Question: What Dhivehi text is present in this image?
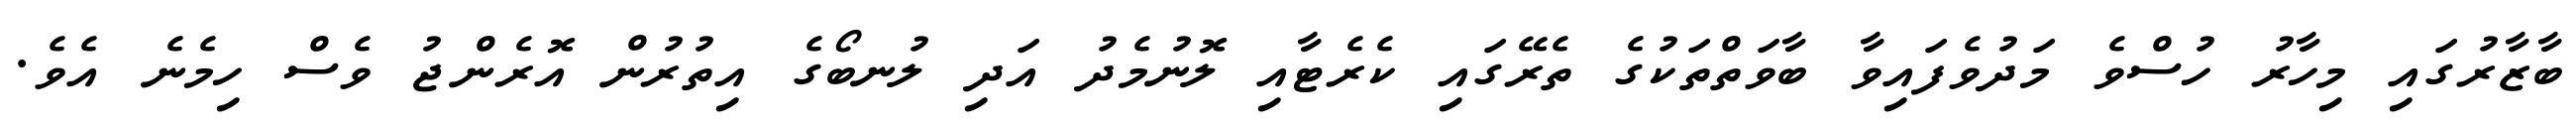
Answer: ބާޒާރުގައި މިހާރު ހުސްވެ މަދުވެފައިވާ ބާވަތްތަކުގެ ތެރޭގައި ކެރެޓާއި ލޮނުމެދު އަދި ލުނބޯގެ އިތުރުން އޮރެންޖު ވެސް ހިމެނެ އެވެ.